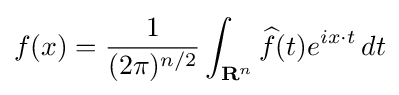
{f(x)={1 \over (2\pi )^{n/2}}\int _{{\mathbf {R} }^{n}}{\widehat {f}}(t)e^{ix\cdot t}\,dt}